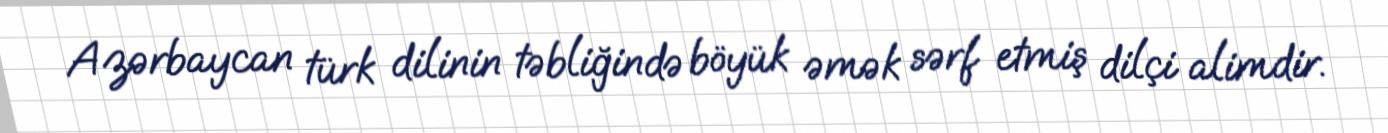
Azərbaycan türk dilinin təbliğində böyük əmək sərf etmiş dilçi alimdir.